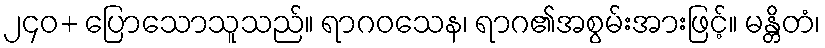
၂၄၀+ ပြောသောသူသည်။ ရာဂဝသေန၊ ရာဂ၏အစွမ်းအားဖြင့်။ မန္တိတံ၊